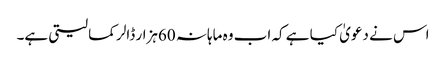
اس نے دعویٰ کیا ہے کہ اب وہ ماہانہ 60ہزار ڈالر کما لیتی ہے۔